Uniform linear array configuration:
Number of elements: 4
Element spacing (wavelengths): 1
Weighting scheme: blackman
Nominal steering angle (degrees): -45
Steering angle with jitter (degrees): -43.056
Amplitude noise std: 0.05
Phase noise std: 0.05

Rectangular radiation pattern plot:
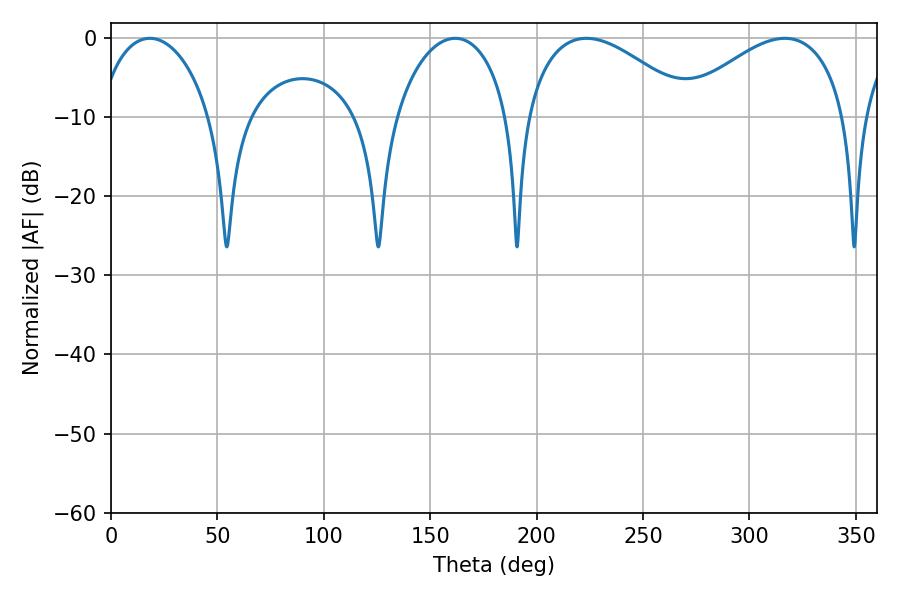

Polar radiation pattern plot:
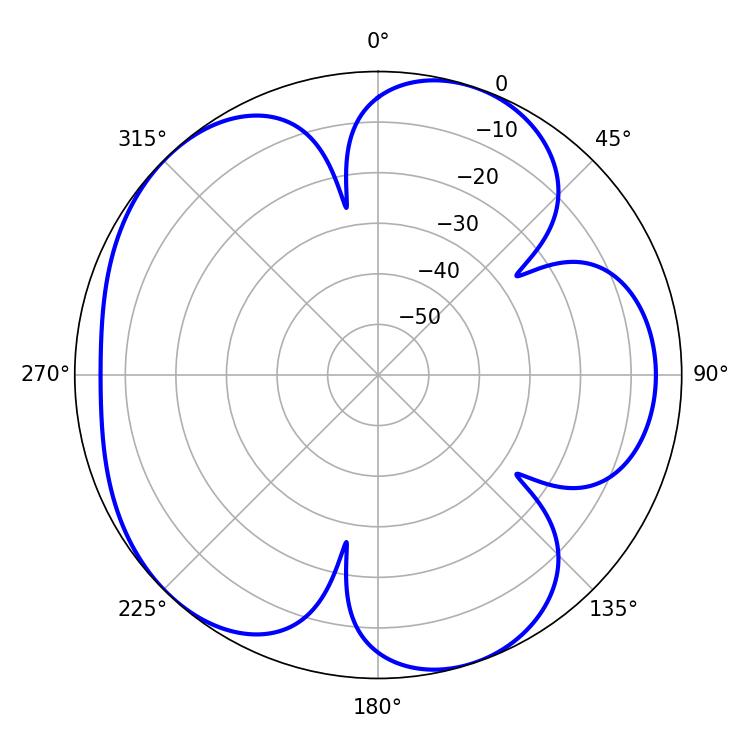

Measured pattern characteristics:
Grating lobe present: TRUE
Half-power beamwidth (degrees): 43.56
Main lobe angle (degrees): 223.38